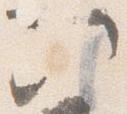
次